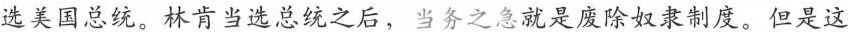
选美国总统。林肯当选总统之后，当务之急就是废除奴隶制度。但是这